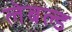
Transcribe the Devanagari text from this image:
लेबल्ड